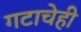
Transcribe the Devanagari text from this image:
गटाचेही